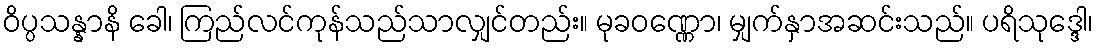
ဝိပ္ပသန္နာနိ ခေါ၊ ကြည်လင်ကုန်သည်သာလျှင်တည်း။ မုခဝဏ္ဏော၊ မျှက်နှာအဆင်းသည်။ ပရိသုဒ္ဒေါ၊